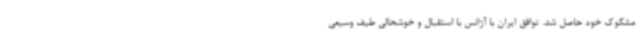
مشکوک خود حاصل شد. توافق ایران با آژانس با استقبال و خوشحالی طیف وسیعی